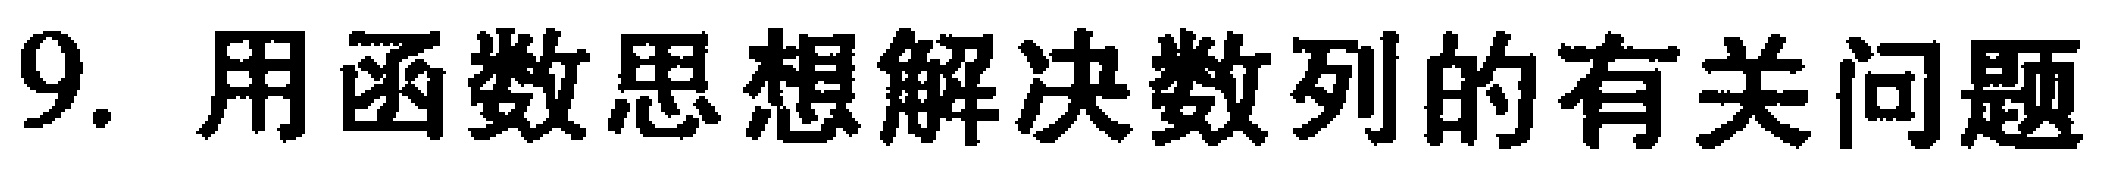
9. 用函数思想解决数列的有关问题